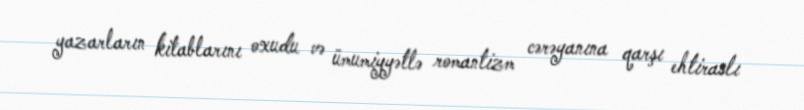
yazarların kitablarını oxudu və ümumiyyətlə romantizm cərəyanına qarşı ehtiraslı